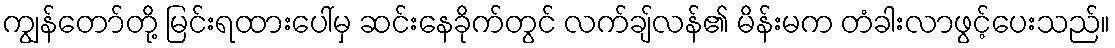
ကျွန်တော်တို့ မြင်းရထားပေါ်မှ ဆင်းနေခိုက်တွင် လက်ချ်လန်၏ မိန်းမက တံခါးလာဖွင့်ပေးသည်။